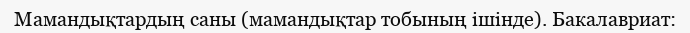
Мамандықтардың саны (мамандықтар тобының ішінде). Бакалавриат: